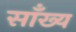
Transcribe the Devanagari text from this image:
साँख्य